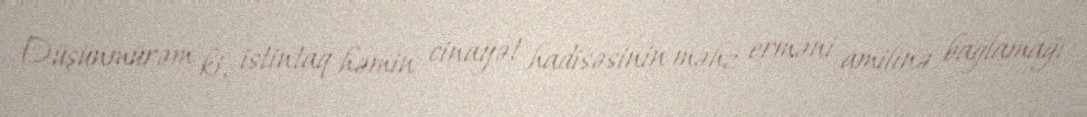
Düşünmürəm ki, istintaq həmin cinayət hadisəsinin məhz erməni amilinə bağlamağı